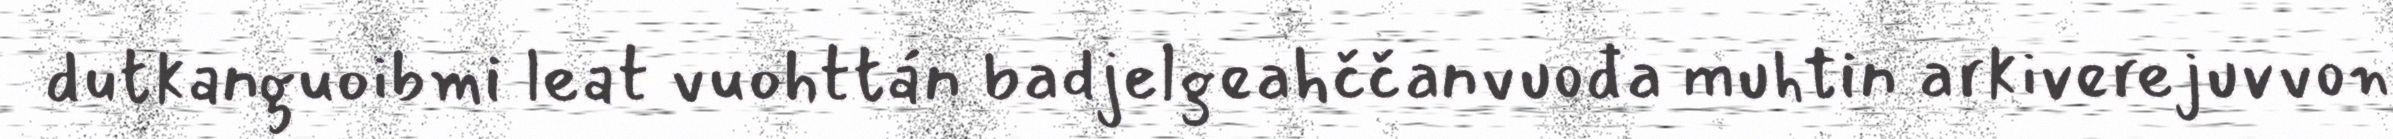
dutkanguoibmi leat vuohttán badjelgeahččanvuođa muhtin arkiverejuvvon